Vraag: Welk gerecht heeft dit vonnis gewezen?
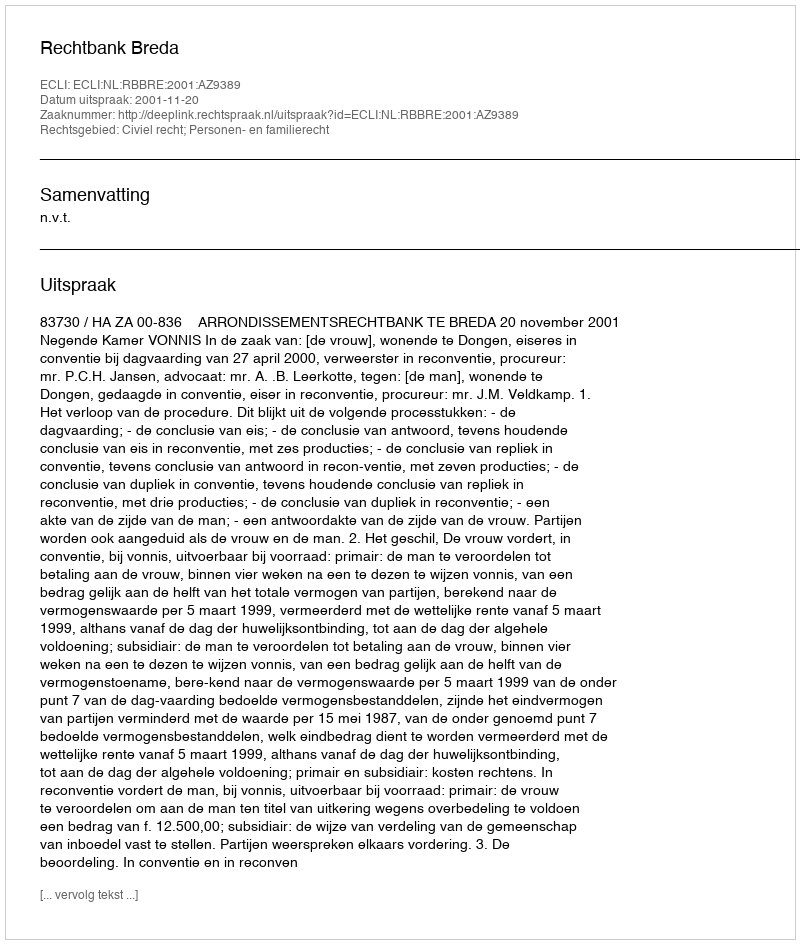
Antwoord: Rechtbank Breda